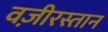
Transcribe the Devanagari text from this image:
वज़ीरस्तान